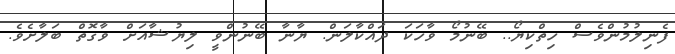
ފެނިލުމުންވެސް ހިތްކިޔޯ.. ބޭނުމޯ ވާހަކަ ދައްކާލަން. ޔާނާ ބޭނުންވީ ލިޔުޝާއަށް ވާގޮތް ބަލާށެވެ.